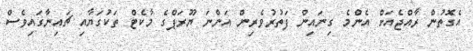
އެގޮތުން ރާއްޖެއަށް އެންމެ ގިނައިން ފަތުރުވެރިން އަންނަ ޔޫރަޕްގެ މާކެޓް ތަކުގަޔާއި ޗައިނާގައިވެސް